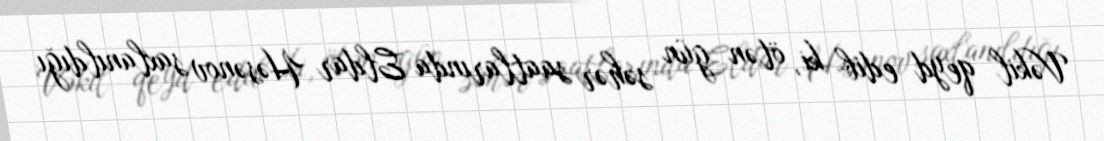
Vəkil qeyd edib ki, ötən gün səhər saatlarında Eldar Həsənov saxlanıldığı